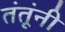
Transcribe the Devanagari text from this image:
तंतूंनी